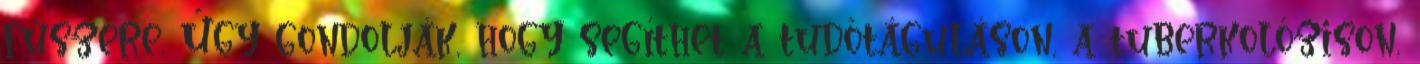
fűszere. Úgy gondolják, hogy segíthet a tüdőtáguláson, a tuberkolózison,